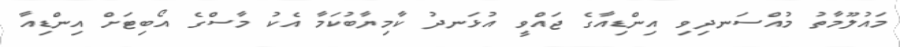
މައުލޫމާތު މުއްސަނދިވި އިންޑިއާގެ ޖައްވީ އުޅަނދު ކާމިޔާބުކަމާ އެކު މާސްގެ އޯބިޓަށް އިންޑިއާ